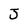
Character: J